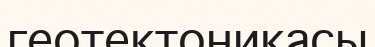
геотектоникасы